Vaccination report Assam 1896-1927 - 1896-1927
Year: 1896
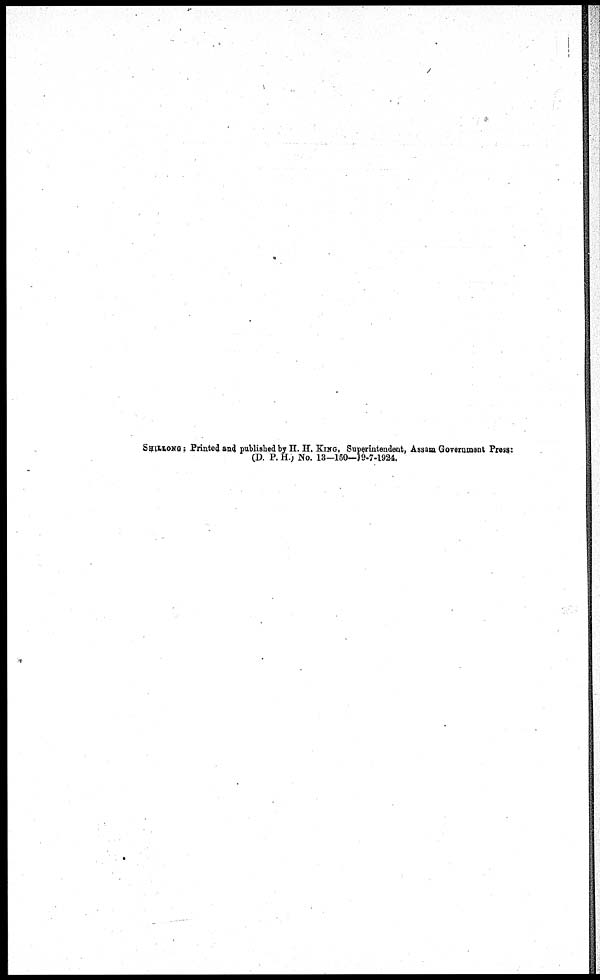
SHILLONG:Printed and published by H. H. KING, Superintendent, Assam Government Press:
(D. P. H.; No. 13-150-19-7-1924.